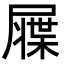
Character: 𡳙